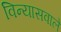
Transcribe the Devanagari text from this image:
विन्यासवाले